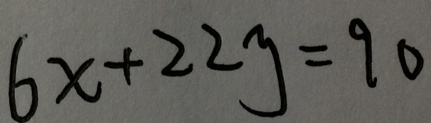
6 x + 2 2 y = 9 0